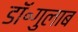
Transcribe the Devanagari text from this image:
डॉ॰गुलाब